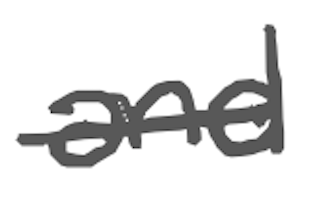
Text: and
Cross-out: single-line
Writing tool: digital_gray